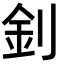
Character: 釗